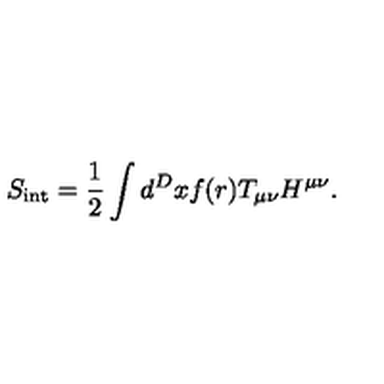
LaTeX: S _ { \mathrm { { \small i n t } } } = { \frac { 1 } { 2 } } \int d ^ { D } x f ( r ) T _ { \mu \nu } H ^ { \mu \nu } .